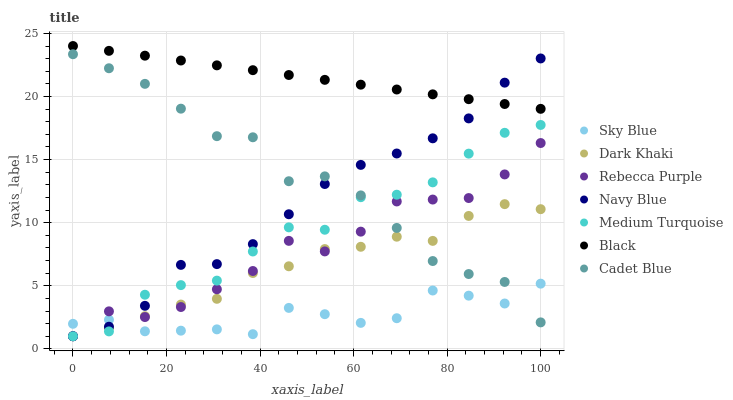
| xaxis_label | Sky Blue | Dark Khaki | Rebecca Purple | Navy Blue | Medium Turquoise | Black | Cadet Blue |
 | --- | --- | --- | --- | --- | --- | --- | --- |
 | 0 | 1.99 | 1 | 1 | 1 | 1 | 24 | 23.3 |
 | 7.69 | 2.31 | 1.67 | 2.97 | 1.76 | 1.38 | 23.6 | 22.2 |
 | 15.4 | 1.39 | 2.59 | 2.52 | 3.41 | 4.29 | 23.2 | 21 |
 | 23.1 | 1.44 | 3.51 | 3.32 | 6.66 | 5.05 | 22.9 | 19 |
 | 30.8 | 1.55 | 3.97 | 4.72 | 6.72 | 5.41 | 22.5 | 16.9 |
 | 38.5 | 1.16 | 6.01 | 6.17 | 8.3 | 7.72 | 22.1 | 16.8 |
 | 46.2 | 3.25 | 6.54 | 8.56 | 10.7 | 9.63 | 21.7 | 13.3 |
 | 53.8 | 2.75 | 7.91 | 7.72 | 13.1 | 9.44 | 21.3 | 13.7 |
 | 61.5 | 2.06 | 8.09 | 9.29 | 14.6 | 12 | 20.9 | 12.2 |
 | 69.2 | 2.43 | 8.89 | 11.7 | 15.5 | 12.2 | 20.6 | 9.58 |
 | 76.9 | 4.62 | 8.56 | 11.8 | 16.7 | 13.2 | 20.2 | 6.96 |
 | 84.6 | 4.22 | 10.5 | 12 | 18.3 | 15.5 | 19.8 | 5.93 |
 | 92.3 | 3.6 | 11.5 | 13.8 | 21.1 | 17.1 | 19.4 | 5.3 |
 | 100 | 5.17 | 11.1 | 16.3 | 23 | 17.7 | 19 | 2.1 |